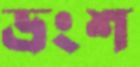
ভ্রংশ